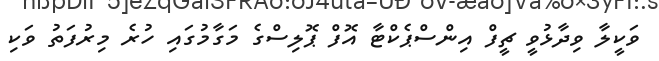
ވަކީލާ ވިދާޅުވީ ޗީފް އިންސްޕެކްޓާ އޮފް ޕޮލިސްގެ މަގާމުގައި ހުރެ މިރުފަތު ވަކި